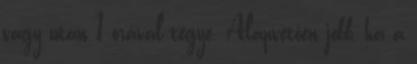
vagy után 1 órával tegye. Alapvetően jobb, ha a